Indian Medical Review
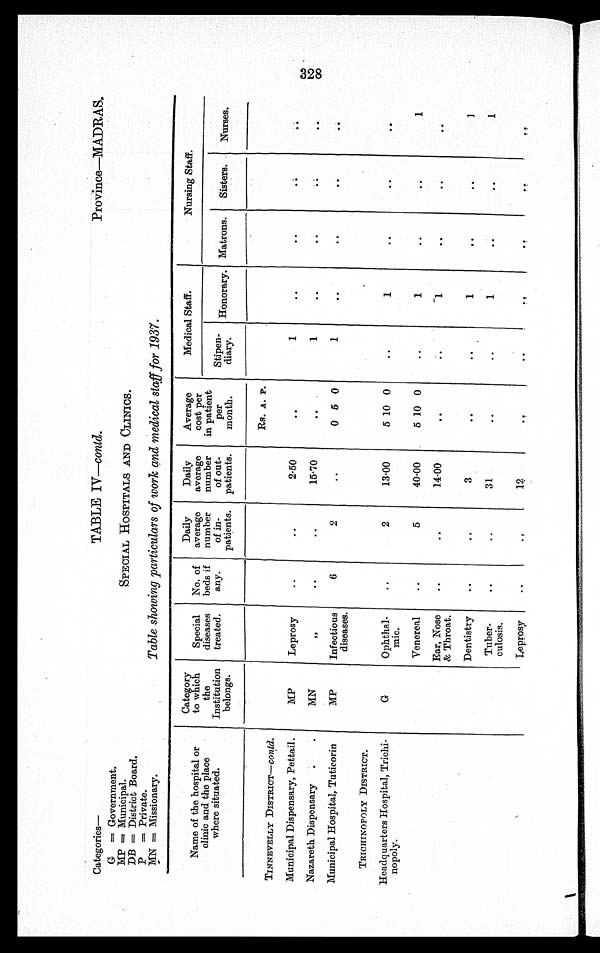
Categories—
TABLE IV—contd.
Province—MADRAS.
G
= Government.
MP = Municipal.
SPECIAL HOSPITALS AND CLINICS.
DB = District Board.
P
= Private.
MN= Missionary.
Table showing particulars of work and medical staff for 1937.
Name of the hospital or
clinic and the place
where situated.
Category
to which
the
Institution
belongs.
Special
diseases
treated.
No. of
beds if
any.
Daily
average
number
of in-
patients.
Daily
average
number
of out-
patients.
Average
cost per
in patient
per
month.
Medical Staff.
Nursing Staff.
Stipen-
diary.
Honorary. Matrons.
Sisters.
Nurses.
Rs. A . P.
TINNEVELLY DISTRICT—Contd.
Municipal Dispensary, Pettail.
MP
Leprosy
..
..
2·50
..
1
..
. .
. .
. .
Nazareth Dispensary
MN
, ,
. .
. .
15·70
..
1
..
. .
. .
. .
Municipal Hospital, Tuticorin
MP
Infectious
diseases.
6
2
..
0 5 0
1
. .
. .
. .
. .
TRICIIINOPOLY DISTRICT.
Headquarters Hospital, Trichi-
nopoly.
G
Ophthal-
mic.
..
2
13·00
5 10 0
..
1
. .
. .
. .
Venereal
..
5
40·00
5 10 0
..
1
. .
. .
1
Ear, Nose
& Throat.
..
..
14·00
..
..
1
. .
. .
..
Dentistry
..
..
3
..
..
1
. .
. .
1
Tuber-
culosis.
..
..
31
..
..
1
. .
..
1
Leprosy
..
..
1 2
..
. .
. .
. .
. .
. .